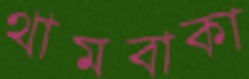
থামবাকা